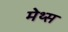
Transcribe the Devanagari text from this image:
मेथ्स